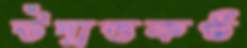
উদাত্তকণ্ঠ